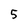
Character: 5